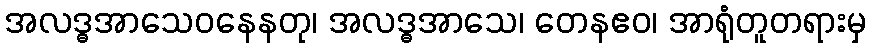
အလဒ္ဓအာသေဝနေနတု၊ အလဒ္ဓအာသေ၊ တေနဧဝ၊ အာရုံတူတရားမှ